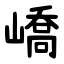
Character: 嶠